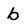
Character: b